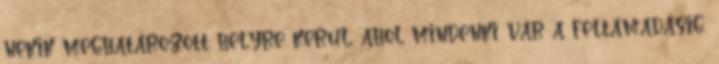
nekik meghatározott helyre kerül, ahol mindenki vár a feltámadásig.